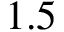
1 . 5